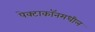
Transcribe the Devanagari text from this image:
पेक्टाकॉनमधील